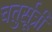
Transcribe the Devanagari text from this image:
चतुर्सूत्री